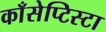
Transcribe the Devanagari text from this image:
काँसेप्टिस्टा